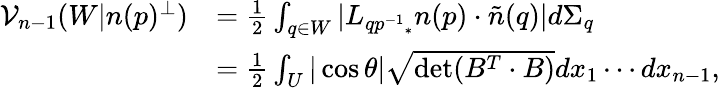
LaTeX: \begin{array}{rl}{\mathcal{V}_{n-1}(W|n(p)^{\perp})}&{=\frac{1}{2}\int_{q\in W}|L_{{qp^{-1}}_{*}}n(p)\cdot\tilde{n}(q)|d\Sigma_{q}}\\ &{=\frac{1}{2}\int_{U}|\cos\theta|\sqrt{\operatorname*{det}(B^{T}\cdot B)}dx_{1}\cdots dx_{n-1},}\end{array}